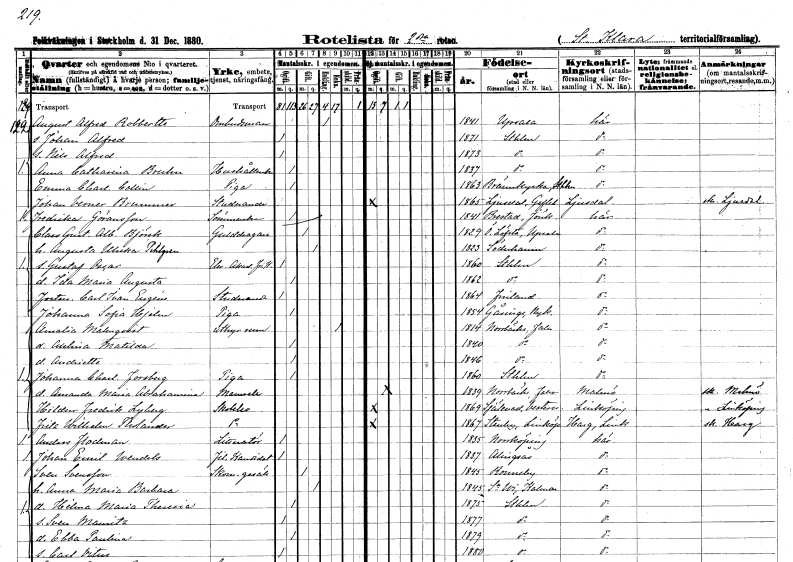
gt_parse: households: individuals: FN: August Alfred
EN: Robbertte
YRKE: Ombudsman
KON: M
CIV: E
FODAR: 1841
FODFORS: Uppsala Uppsala län
FN: Johan Alfred
KON: M
CIV: O
FODAR: 1871
FODFORS: Stockholm
FN: Nils Alfred
KON: M
CIV: O
FODAR: 1873
FODFORS: Stockholm
FN: Anna Catharina
EN: Bruhn
YRKE: Hushållerska
KON: K
CIV: O
FODAR: 1837
FODFORS: Stockholm
FN: Emma Charlotta
EN: Collin
YRKE: Piga
KON: K
CIV: O
FODAR: 1863
FODFORS: Brännkyrka Stockholms län
FN: Johan Verner
EN: Brummer
YRKE: Studerande
KON: M
CIV: O
FODAR: 1865
FODFORS: Ljusdal Gävleborgs län
FN: Fredrika
EN: Göransson
YRKE: Sömmerska
KON: K
CIV: O
FODAR: 1841
FODFORS: Bredestad Jönköpings län
FN: Claes Gustaf Albert
EN: Björck
YRKE: Gulddragare
KON: M
CIV: G
FODAR: 1829
FODFORS: Österlövsta Uppsala län
FN: Augusta Ulrika
EN: Pihlgren
KON: K
CIV: G
FODAR: 1823
FODFORS: Söderhamn Gävleborgs län
FN: Gustaf Oscar
YRKE: Elev vid Akademin för fria konster
KON: M
CIV: O
FODAR: 1860
FODFORS: Stockholm
FN: Ida Maria Augusta
KON: K
CIV: O
FODAR: 1862
FODFORS: Stockholm
FN: Carl Ivan Eugéne
YRKE: Studerande
KON: M
CIV: O
FODAR: 1864
FN: Johanna Sofia
EN: Hjelm
YRKE: Piga
KON: K
CIV: O
FODAR: 1854
FODFORS: Gåsinge Södermanlands län
FN: Amalia
EN: Malmqvist
YRKE: Rumsuthyrare
KON: K
CIV: E
FODAR: 1814
FODFORS: Norrbärke Kopparbergs län
FN: Axelina Matilda
KON: K
CIV: O
FODAR: 1840
FODFORS: Norrbärke Kopparbergs län
FN: Andriette
KON: K
CIV: O
FODAR: 1846
FODFORS: Norrbärke Kopparbergs län
FN: Johanna Charlotta
EN: Forsberg
YRKE: Piga
KON: K
CIV: O
FODAR: 1860
FODFORS: Stockholm
FN: Amanda Maria Abrahamina
KON: K
CIV: O
FODAR: 1839
FODFORS: Norrbärke Kopparbergs län
FN: Hildor Fredrik
EN: Lyberg
YRKE: Skolelev
KON: M
CIV: O
FODAR: 1869
FODFORS: Själevad Västernorrlands län
FN: Fritz Wilhelm
EN: Tholander
YRKE: Skolelev
KON: M
CIV: O
FODAR: 1867
FODFORS: Stenby Östergötlands län
FN: Anders
EN: Flodman
YRKE: Litteratör
KON: M
CIV: O
FODAR: 1835
FODFORS: Norrköping Östergötlands län
FN: Johan Emil
EN: Wendels
YRKE: Fil. kand.
KON: M
CIV: O
FODAR: 1837
FODFORS: Alingsås Älvsborgs län